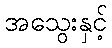
အသွေးနှင့်